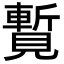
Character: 覱